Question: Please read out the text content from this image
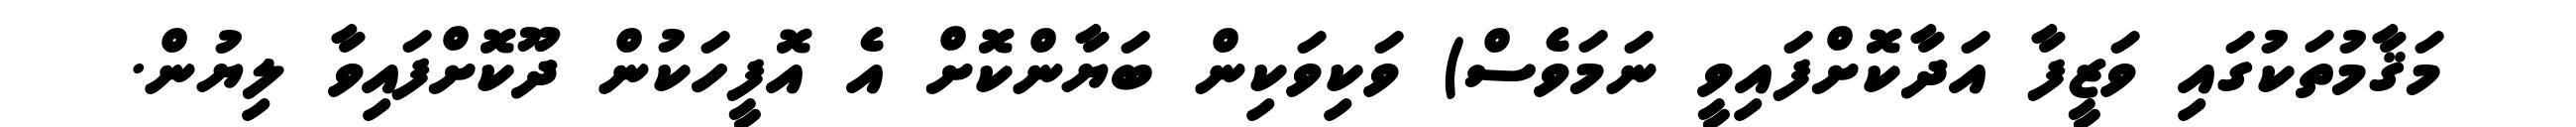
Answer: މަޤާމުތަކުގައި ވަޒީފާ އަދާކޮށްފައިވީ ނަމަވެސް) ވަކިވަކިން ބަޔާންކޮށް އެ އޮފީހަކުން ދޫކޮށްފައިވާ ލިޔުން.